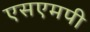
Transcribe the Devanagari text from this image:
एसएमपी